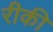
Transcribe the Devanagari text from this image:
रीकी